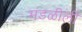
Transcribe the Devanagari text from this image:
मंडळीली